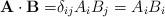
LaTeX: \begin{align*}\mathbf{A}\cdot\mathbf{B=}\delta_{ij}A_{i}B_{j}=A_{i}B_{i}\end{align*}